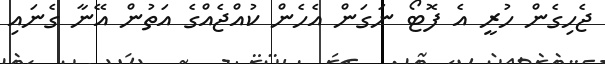
ޖެހިގެން ހުރީ އެ ފޮޓޯ ނަގަން އެހެން ކުއްޖެއްގެ އަތުން އޭނާ ގެނައި